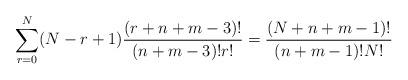
LaTeX: \begin{align*}\sum_{r=0}^N(N-r+1)\frac{(r+n+m-3)!}{(n+m-3)!r!}=\frac{(N+n+m-1)!}{(n+m-1)!N!}\end{align*}